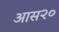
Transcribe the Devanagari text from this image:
आस२०